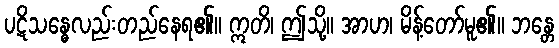
ပဋိသန္ဓေလည်းတည်နေရ၏။ ဣတိ၊ ဤသို့။ အာဟ၊ မိန့်တော်မူ၏။ ဘန္တေ